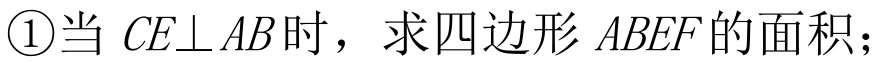
\textcircled{1}当 \(CE\perp AB\) 时，求四边形 \(ABEF\) 的面积；